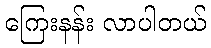
ကြေးနန်း လာပါတယ်